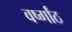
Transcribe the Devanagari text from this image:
वर्ष्गांठ